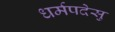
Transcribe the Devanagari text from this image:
धर्मपदेसु